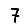
Digit: 7